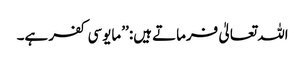
اللہ تعالیٰ فرماتے ہیں: ’’مایوسی کفر ہے۔